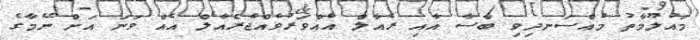
މައުލޫމާތު މުއްސަނދިވި ބާސާ އާއި ރެއާލް އެއްވަރުވެއްޖެރެއާލް އެއް ވަނަ އަށް ނޭމާގެ